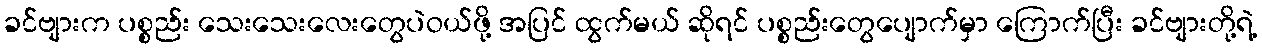
ခင်ဗျားက ပစ္စည်း သေးသေးလေးတွေပဲဝယ်ဖို့ အပြင် ထွက်မယ် ဆိုရင် ပစ္စည်းတွေပျောက်မှာ ကြောက်ပြီး ခင်ဗျားတို့ရဲ့